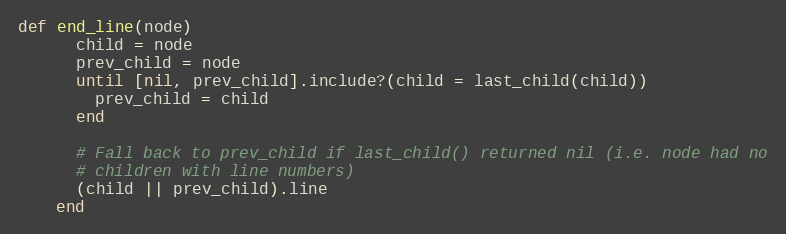
Language: Ruby
def end_line(node)
      child = node
      prev_child = node
      until [nil, prev_child].include?(child = last_child(child))
        prev_child = child
      end

      # Fall back to prev_child if last_child() returned nil (i.e. node had no
      # children with line numbers)
      (child || prev_child).line
    end